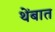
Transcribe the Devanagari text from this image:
थेंबात